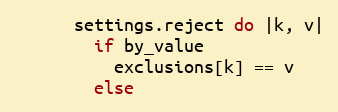
Language: Ruby
      settings.reject do |k, v|
        if by_value
          exclusions[k] == v
        else